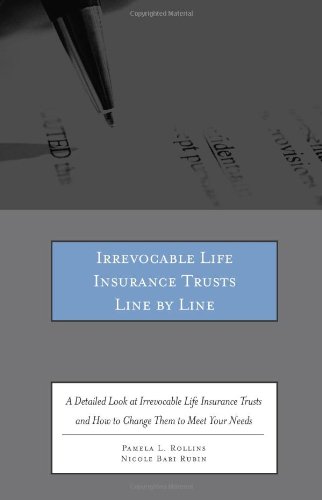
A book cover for Irrevocable Life Insurance Trusts Line by Line: A Detailed Look at Irrevocable Life Insurance Trusts and How to Change Them to Meet Your Clients' Needs; Pamela L. Rollins; Business & Money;